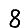
Digit: 8